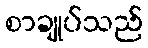
စာချုပ်သည်